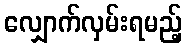
လျှောက်လှမ်းရမည့်